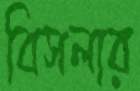
বিসলার